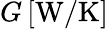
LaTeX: G\, [\mathrm{W}/\mathrm{K}]